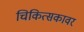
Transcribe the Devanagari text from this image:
चिकित्सकावर